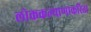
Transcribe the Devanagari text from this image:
लोककल्याणाकरिता